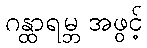
ဂန္ထာရမ္ဘ အဖွင့်